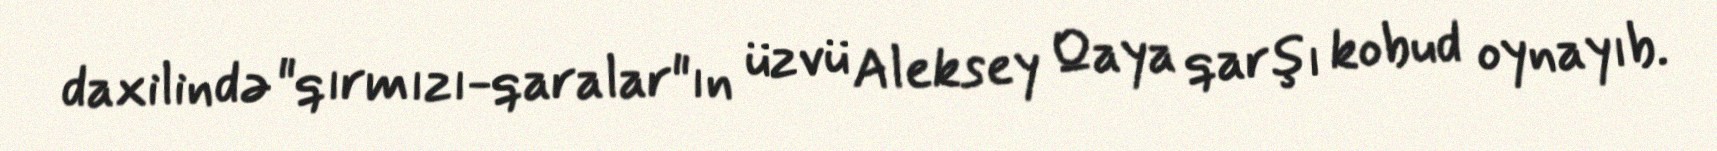
daxilində "qırmızı-qaralar"ın üzvü Aleksey Qaya qarşı kobud oynayıb.